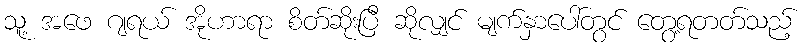
သူ့ အဖေ ဂျရယ် အိုဟာရာ စိတ်ဆိုးပြီ ဆိုလျှင် မျက်နှာပေါ်တွင် တွေ့ရတတ်သည့်